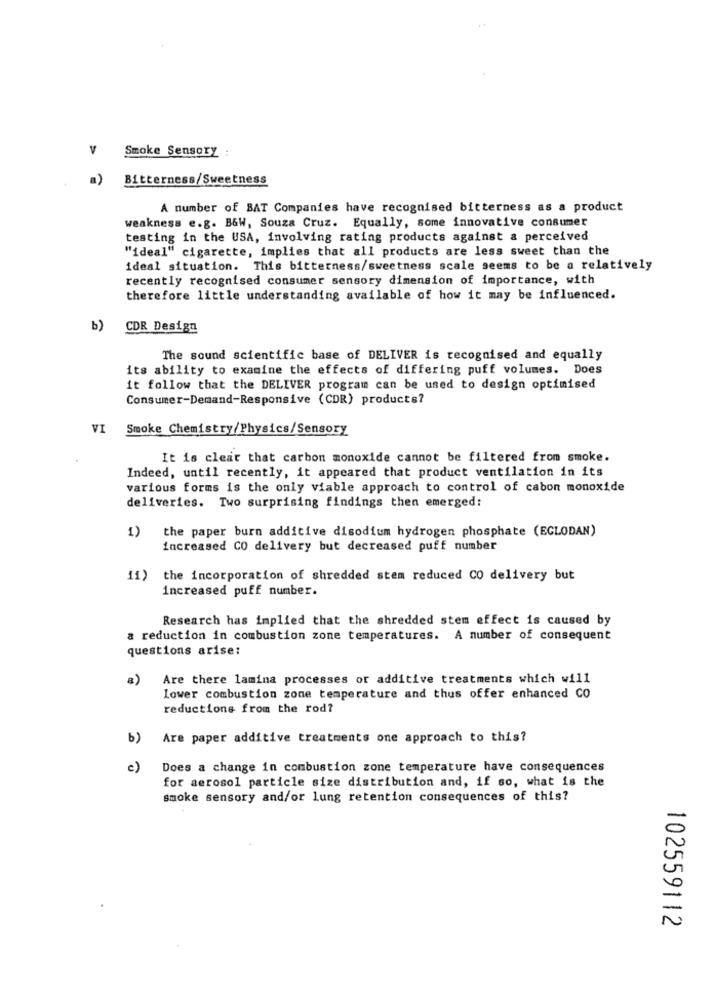
V
Smoke Sensory
a)
Bitterness/Sweetness
A number of BAT Companies have recognised bitterness as a product
weakness e.g. B&W, Souza Cruz. Equally, some innovative consumer
testing in the USA, involving rating products against a perceived
"ideal" cigarette, implies that all products are less sweet than the
ideal situation. This bitterness/sweetness scale seems to be a relatively
recently recognised consumer sensory dimension of importance, with
therefore little understanding available of how it may be influenced.
b) CDR Design
The sound scientific base of DELIVER is recognised and equally
its ability to examine the effects of differing puff volumes. Does
it follow that the DELIVER program can be used to design optimised
Consumer-Demand-Responsive (CDR) products?
VI Smoke Chemistry/Physics/Sensory
It is clear that carbon monoxide cannot be filtered from smoke.
Indeed, until recently, it appeared that product ventilation in its
various forms is the only viable approach to control of cabon monoxide
deliveries. Two surprising findings then emerged:
1)
the paper burn additive disodium hydrogen phosphate (EGLODAN)
increased CO delivery but decreased puff number
11)
the incorporation of shredded stem reduced CO delivery but
increased puff number.
Research has implied that the shredded stem effect is caused by
a reduction in combustion zone temperatures. A number of consequent
questions arise:
Are there lamina processes or additive treatments which will
Lower combustion zone temperature and thus offer enhanced CO
reductions from the rod?
b)
Are paper additive treatments one approach to this?
c)
Does a change in combustion zone temperature have consequences
for aerosol particle size distribution and, if so, what is the
smoke sensory and/or lung retention consequences of this?
102559112